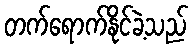
တက်ရောက်နိုင်ခဲ့သည်